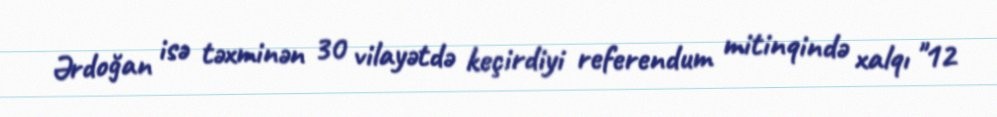
Ərdoğan isə təxminən 30 vilayətdə keçirdiyi referendum mitinqində xalqı "12